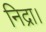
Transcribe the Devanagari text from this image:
निद्रा।